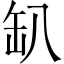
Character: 𰭂